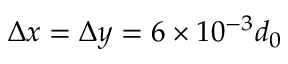
\Delta x = \Delta y = 6 \times 1 0 ^ { - 3 } d _ { 0 }